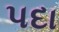
પદા